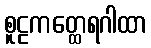
စူဠကတ္ထေရဂါထာ